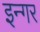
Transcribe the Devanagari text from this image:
इन्गर